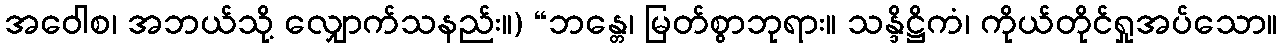
အဝေါစ၊ အဘယ်သို့ လျှောက်သနည်း။) “ဘန္တေ၊ မြတ်စွာဘုရား။ သန္ဒိဋ္ဌိကံ၊ ကိုယ်တိုင်ရှုအပ်သော။